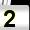
Digit: 2